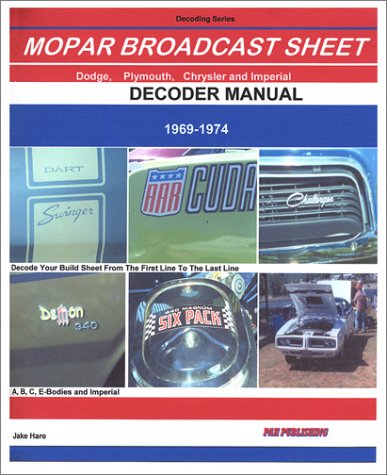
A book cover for Mopar Broadcast Sheet Decoder Guide 1969-1974; Jake Hare; Engineering & Transportation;